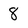
Character: 8